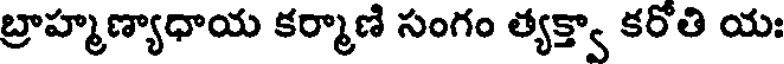
బ్రాహ్మణ్యాధాయ కర్మాణి సంగం త్యక్త్వా కరోతి యః